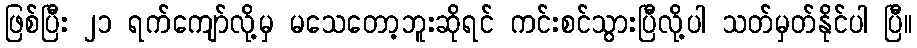
ဖြစ်ပြီး ၂၁ ရက်ကျော်လို့မှ မသေတော့ဘူးဆိုရင် ကင်းစင်သွားပြီလို့ပါ သတ်မှတ်နိုင်ပါ ပြီ။